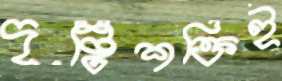
দৃষ্টিশক্তিই